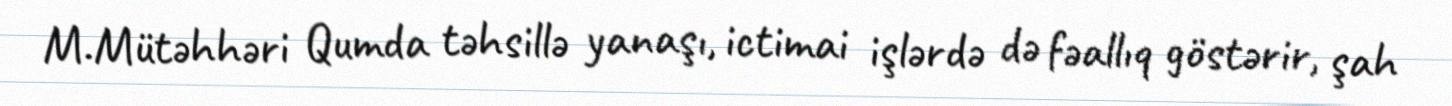
M.Mütəhhəri Qumda təhsillə yanaşı, ictimai işlərdə də fəallıq göstərir, şah